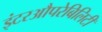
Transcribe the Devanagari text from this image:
इंटरऔपरेबिलिटी